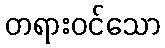
တရားဝင်သော